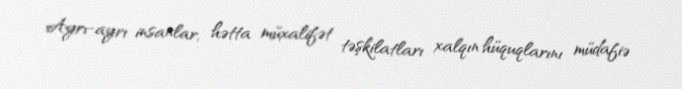
Ayrı-ayrı insanlar, hətta müxalifət təşkilatları xalqın hüquqlarını müdafiə